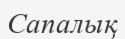
Сапалық